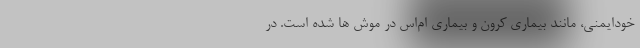
خودایمنی، مانند بیماری کرون و بیماری ام‌اس در موش ها شده است. در